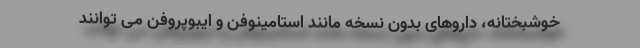
خوشبختانه، داروهای بدون نسخه مانند استامینوفن و ایبوپروفن می توانند